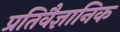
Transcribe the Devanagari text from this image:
प्रतिवैज्ञानिक